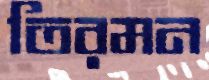
তিরমন